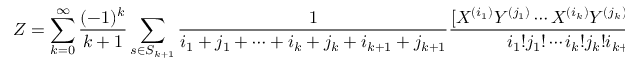
Z = \sum _ { k = 0 } ^ { \infty } { \frac { ( - 1 ) ^ { k } } { k + 1 } } \sum _ { s \in S _ { k + 1 } } { \frac { 1 } { i _ { 1 } + j _ { 1 } + \cdots + i _ { k } + j _ { k } + i _ { k + 1 } + j _ { k + 1 } } } { \frac { [ X ^ { ( i _ { 1 } ) } Y ^ { ( j _ { 1 } ) } \cdots X ^ { ( i _ { k } ) } Y ^ { ( j _ { k } ) } X ^ { ( i _ { k + 1 } ) } Y ^ { ( j _ { k + 1 } ) } ] } { i _ { 1 } ! j _ { 1 } ! \cdots i _ { k } ! j _ { k } ! i _ { k + 1 } ! j _ { k + 1 } ! } } , \quad i _ { r } , j _ { r } \geq 0 , \quad i _ { r } + j _ { r } > 0 , \quad 1 \leq r \leq k + 1 ,